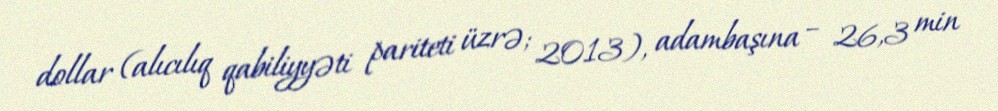
dollar (alıcılıq qabiliyyəti pariteti üzrə; 2013), adambaşına – 26,3 min